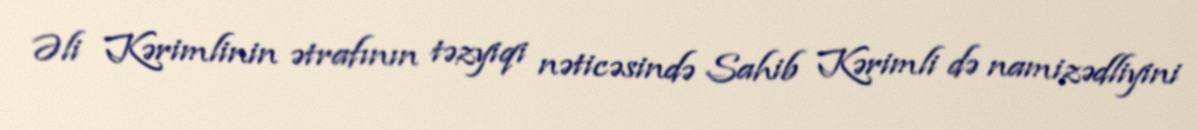
Əli Kərimlinin ətrafının təzyiqi nəticəsində Sahib Kərimli də namizədliyini